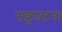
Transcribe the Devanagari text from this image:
राष्ट्रघटना